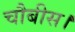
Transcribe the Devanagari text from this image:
चौबीस।